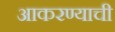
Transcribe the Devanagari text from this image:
आकरण्याची